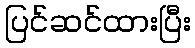
ပြင်ဆင်ထားပြီး